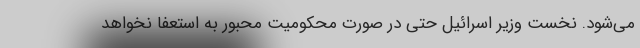
می‌شود. نخست وزیر اسرائیل حتی در صورت محکومیت محبور به استعفا نخواهد